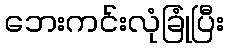
ဘေးကင်းလုံခြုံပြီး